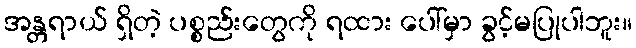
အန္တရာယ် ရှိတဲ့ ပစ္စည်းတွေကို ရထား ပေါ်မှာ ခွင့်မပြုပါဘူး။